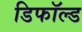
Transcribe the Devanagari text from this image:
डिफॉल्ड